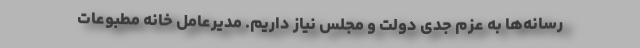
رسانه‌ها به عزم جدی دولت و مجلس نیاز داریم. مدیرعامل خانه مطبوعات